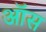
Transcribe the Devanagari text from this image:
ऑस